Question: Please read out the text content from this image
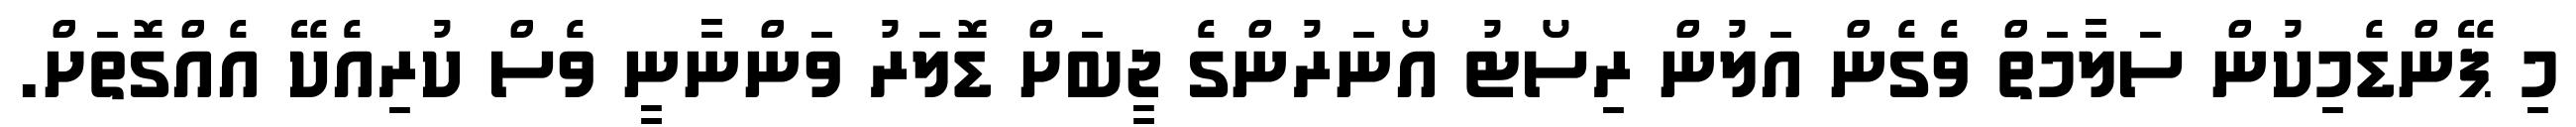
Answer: މި ޕޭންޑެމިކުން ސަލާމަތް ވެގެން އަލުން ރިސޯޓު އޯނަރުންގެ ޖީބަށް ޑޮލަރު ވަންނާނީ ވެސް ކުރިއެކޭ އެއްގޮތަށް.